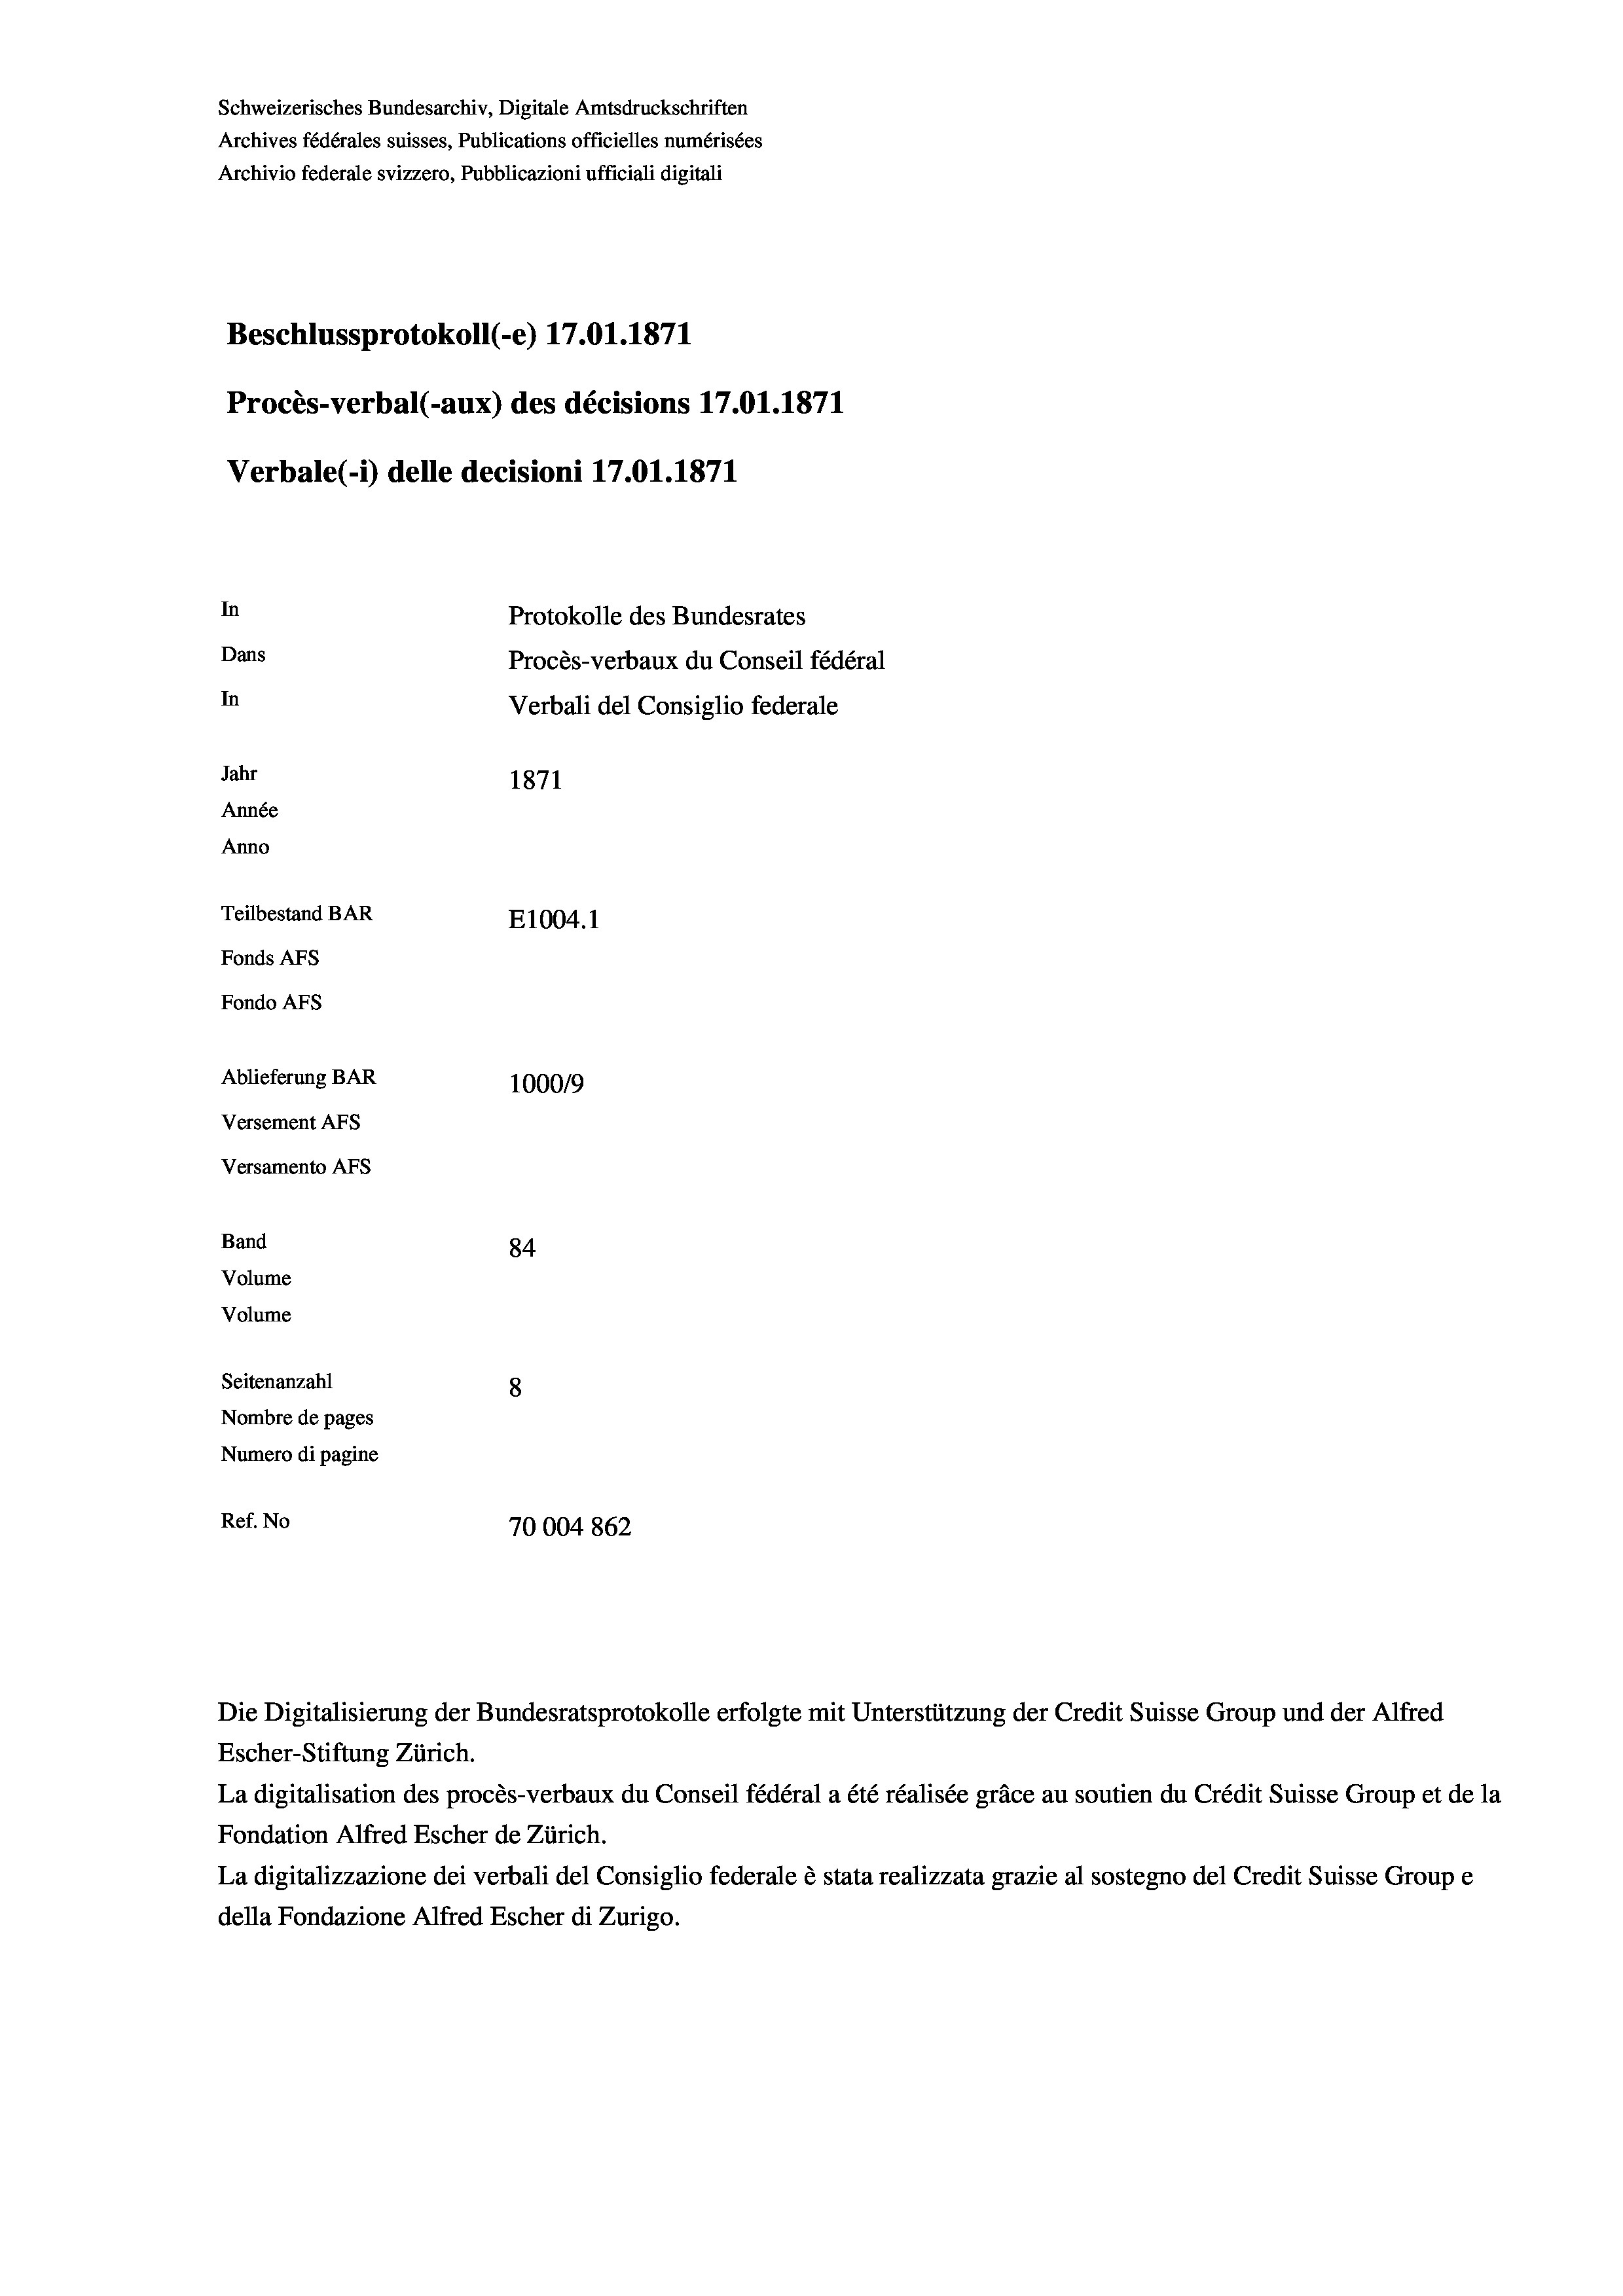
Schweizerisches Bundesarchiv, Digitale Amtsdruckschriften
Archives fédérales suisses, Publications officielles numérisées
Archivio federale svizzero, Pubblicazioni ufficiali digitali
Beschlussprotokoll (-e) 17.01. 1871
Procès-verbal (-aux) des décisions 17.01. 1871
Verbale(-*) delle decisioni 17.01. 1871
In
Protokolle des Bundesrates
Dans
Procès-verbaux du Conseil fédéral
In
Verbali del Consiglio federale
Jahr
1871
Année
Anno
Teilbestand BAR
E1004.1
Fonds AFs
Fondo AFs
Ablieferung BAR
1000/9
Versement Abs
Versamento Afs
Band
84
Volume
Volume
Seitenanzahl
8
Nombre de pages
Numero di pagine
Ref. No
70004862

Escher-Stiftung Zürich.
La digitalisation des procès-verbaux du Conseil fédéral a été réalisée gräce au soutien du Crédit Suisse Group et de la
Fondation Alfred Escher de Zürich.
La digitalizzazione dei verbali del Consiglio federale è stata realizzata grazie al sostegno del Credit Suisse Groupe
della Fondazione Alfred Escher di Zurigo.

Die Digitalisierung der Bundesratsprotokolle erfolgte mit Unterstützung der Credit Suisse Group und der Alfred